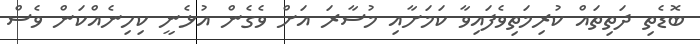
ބޮޑެތި ދަތިތައް ކުރިމަތިވެފައިވާ ކަމަށާއި މުސާރަ އަށް ވެގެން އުޅެނީ ކިހިނެއްކަން ވެސް